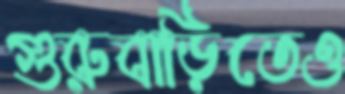
গুরুবাড়িতেও